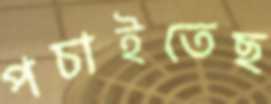
পচাইতেছ